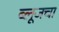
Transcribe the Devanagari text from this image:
ब्लूजचा